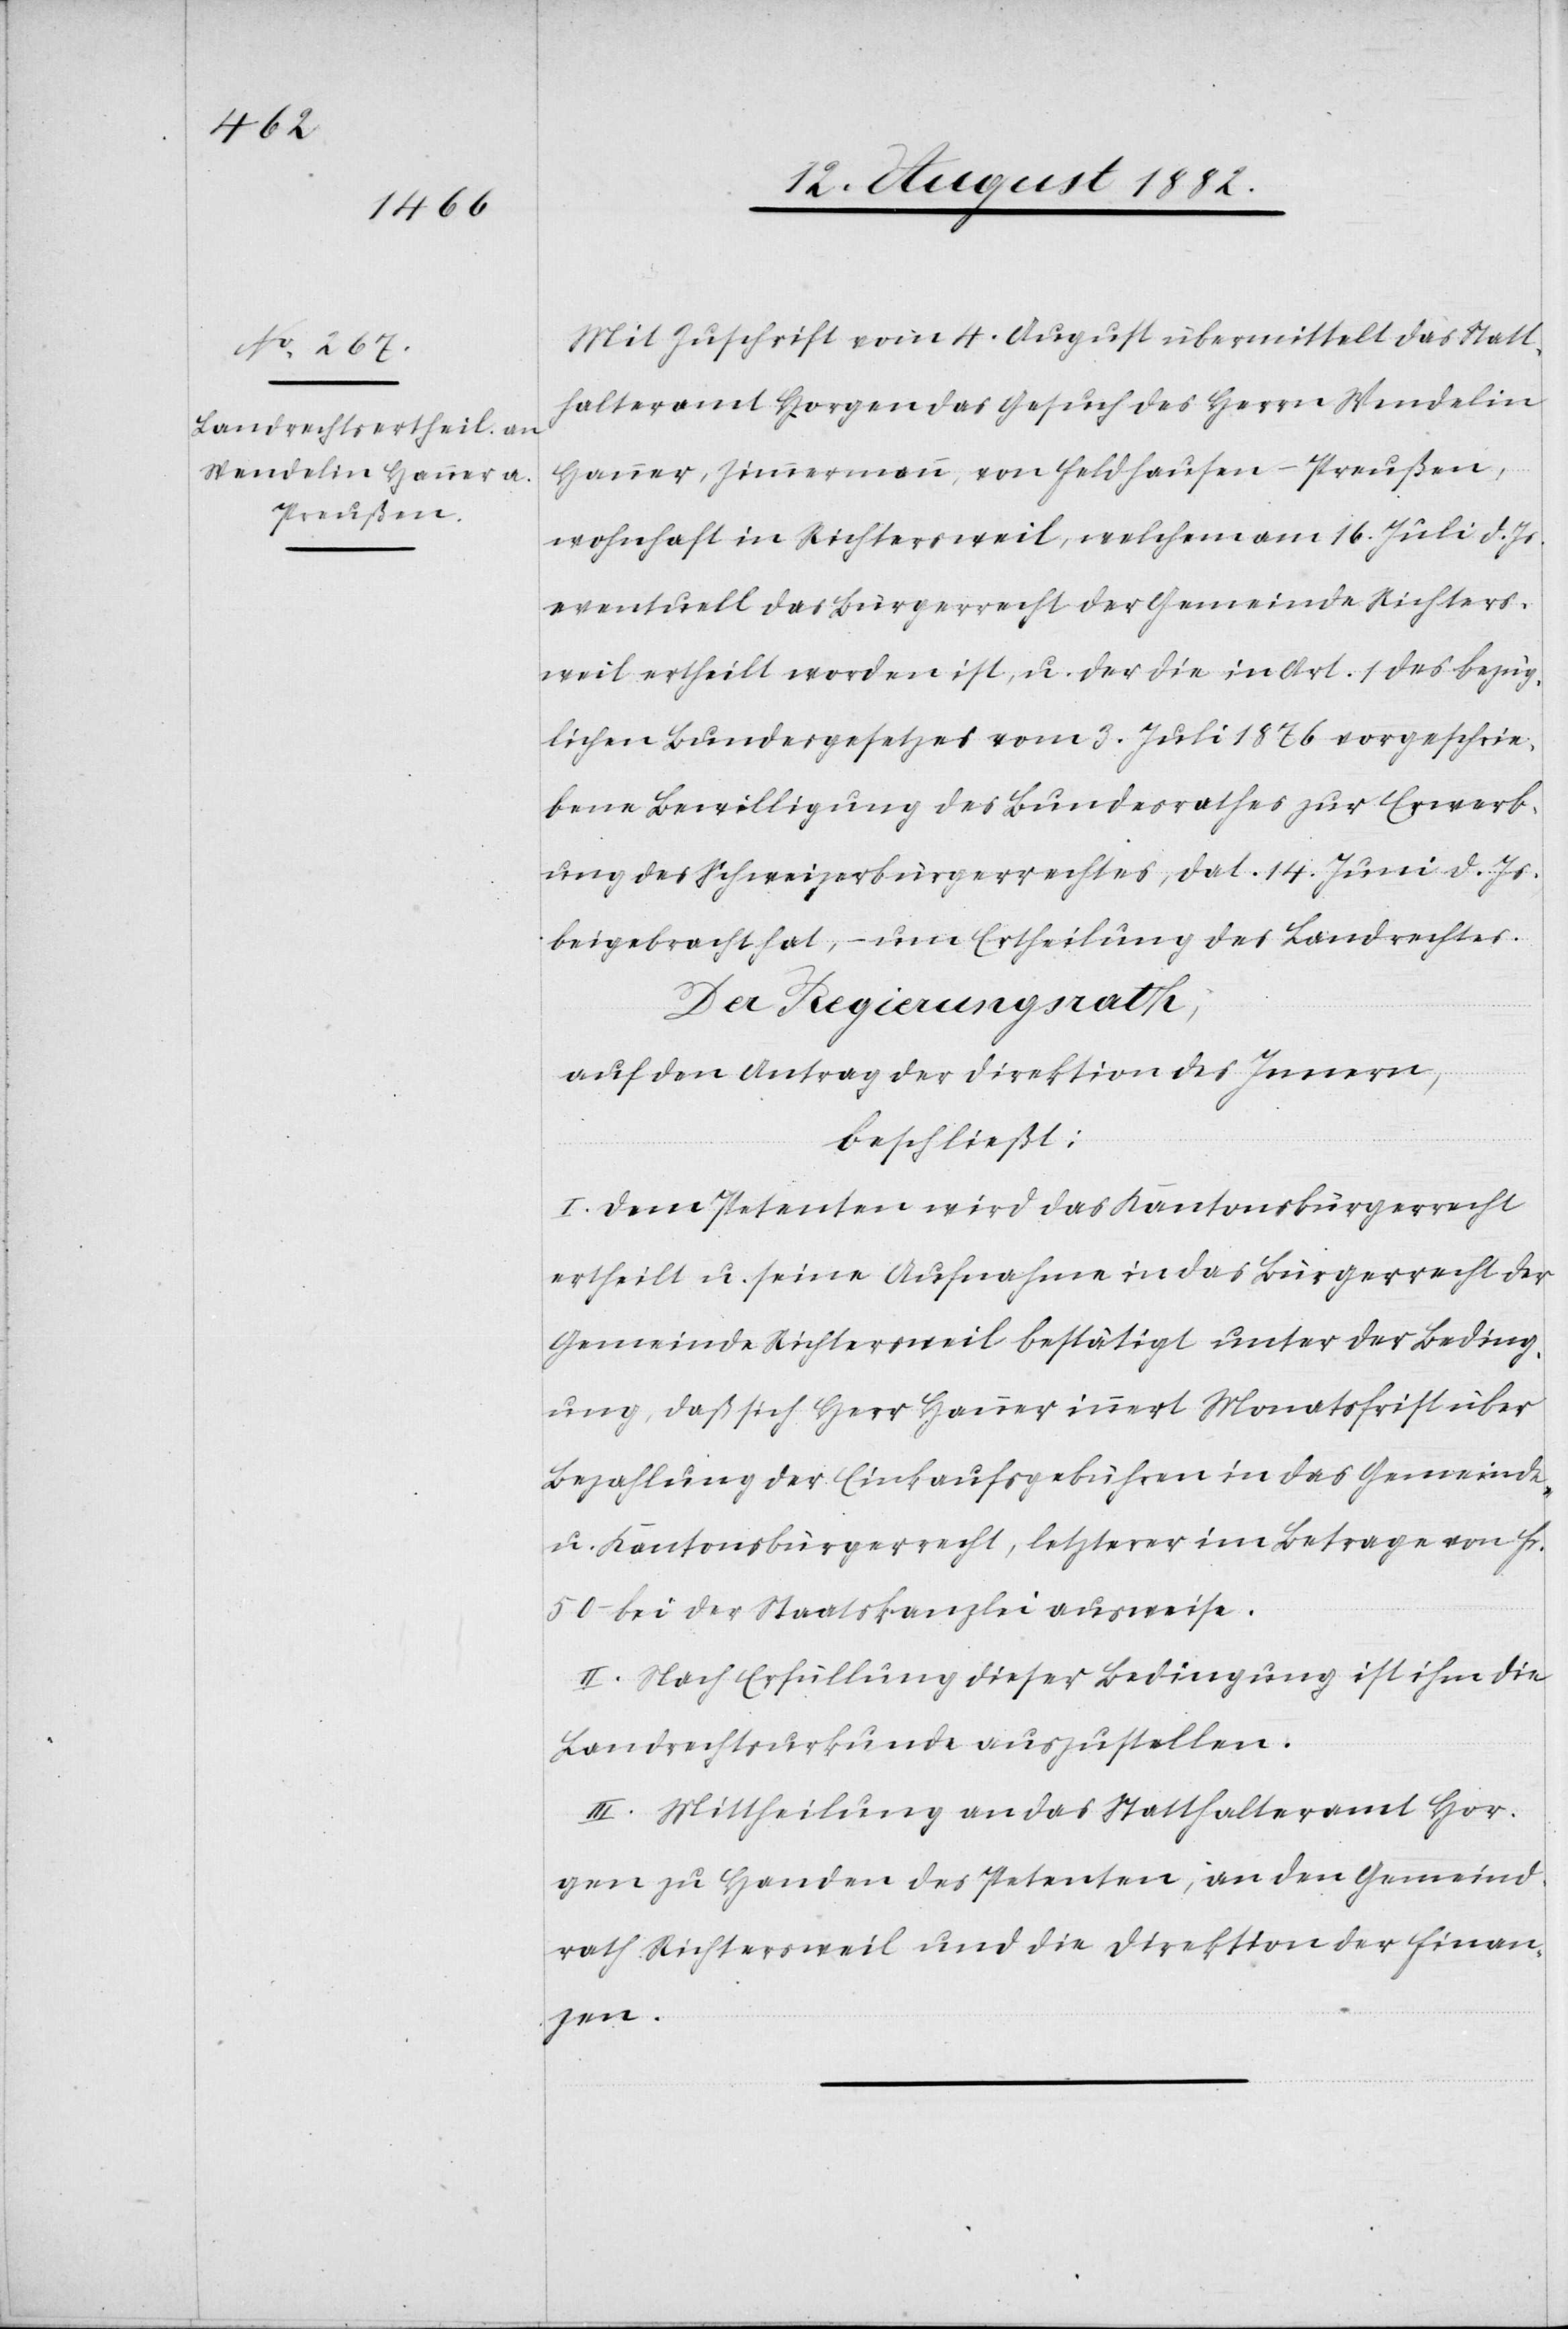
Mit Zuschrift vom 4. August übermittelt das Statt¬
halteramt Horgen das Gesuch des Herrn Wendelin
Hanner, Zimmermann, von Feldhausen - Preußen,
wohnhaft in Richtersweil, welchem am 16. Juli d. Js.
eventuell das Bürgerrecht der Gemeinde Richters¬
weil ertheilt worden ist, u. der die in Art. 1 des bezüg¬
lichen Bundesgesetzes vom 3. Juli 1876 vorgeschrie¬
bene Bewilligung des Bundesrathes zur Erwerb¬
ung des Schweizerbürgerrechtes, dat. 14. Juni d. Js.
beigebracht hat, – um Ertheilung des Landrechtes.
Der Regierungsrath;
auf den Antrag der Direktion des Innern,
beschließt:
I. Dem Petenten wird das Kantonsbürgerrecht
ertheilt u. seine Aufnahme in das Bürgerrecht der
Gemeinde Richtersweil bestätigt unter der Beding¬
ung, daß sich Herr Hanner innert Monatsfrist über
Bezahlung der Einkaufsgebühren in das Gemeinde
u. Kantonsbürgerrecht, letzterer im Betrag von Fr.
50 bei der Staatskanzlei ausweise.
II. Nach Erfüllung dieser Bedingung ist ihm die
Landrechtsurkunde auszustellen.
III. Mittheilung an das Statthalteramt Hor¬
gen zu Handen des Petenten, an den Gemeind¬
rath Richtersweil und die Direktion der Finan¬
zen.